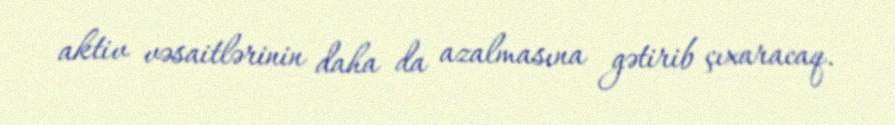
aktiv vəsaitlərinin daha da azalmasına gətirib çıxaracaq.